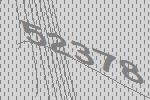
52378